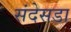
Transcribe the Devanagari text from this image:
संदेसडा